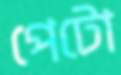
পেটো